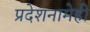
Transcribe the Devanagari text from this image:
प्रदेशनामेही